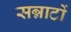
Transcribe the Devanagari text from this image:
सन्नाटों